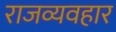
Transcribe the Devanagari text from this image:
राजव्यवहार